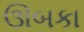
ઊબકા